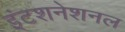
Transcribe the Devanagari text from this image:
इंटशनेशनल